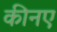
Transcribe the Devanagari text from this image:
कीनए